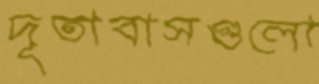
দূতাবাসগুলো